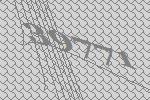
39771